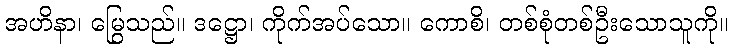
အဟိနာ၊ မြွေသည်။ ဒဋ္ဌော၊ ကိုက်အပ်သော။ ကောစိ၊ တစ်စုံတစ်ဦးသောသူကို။